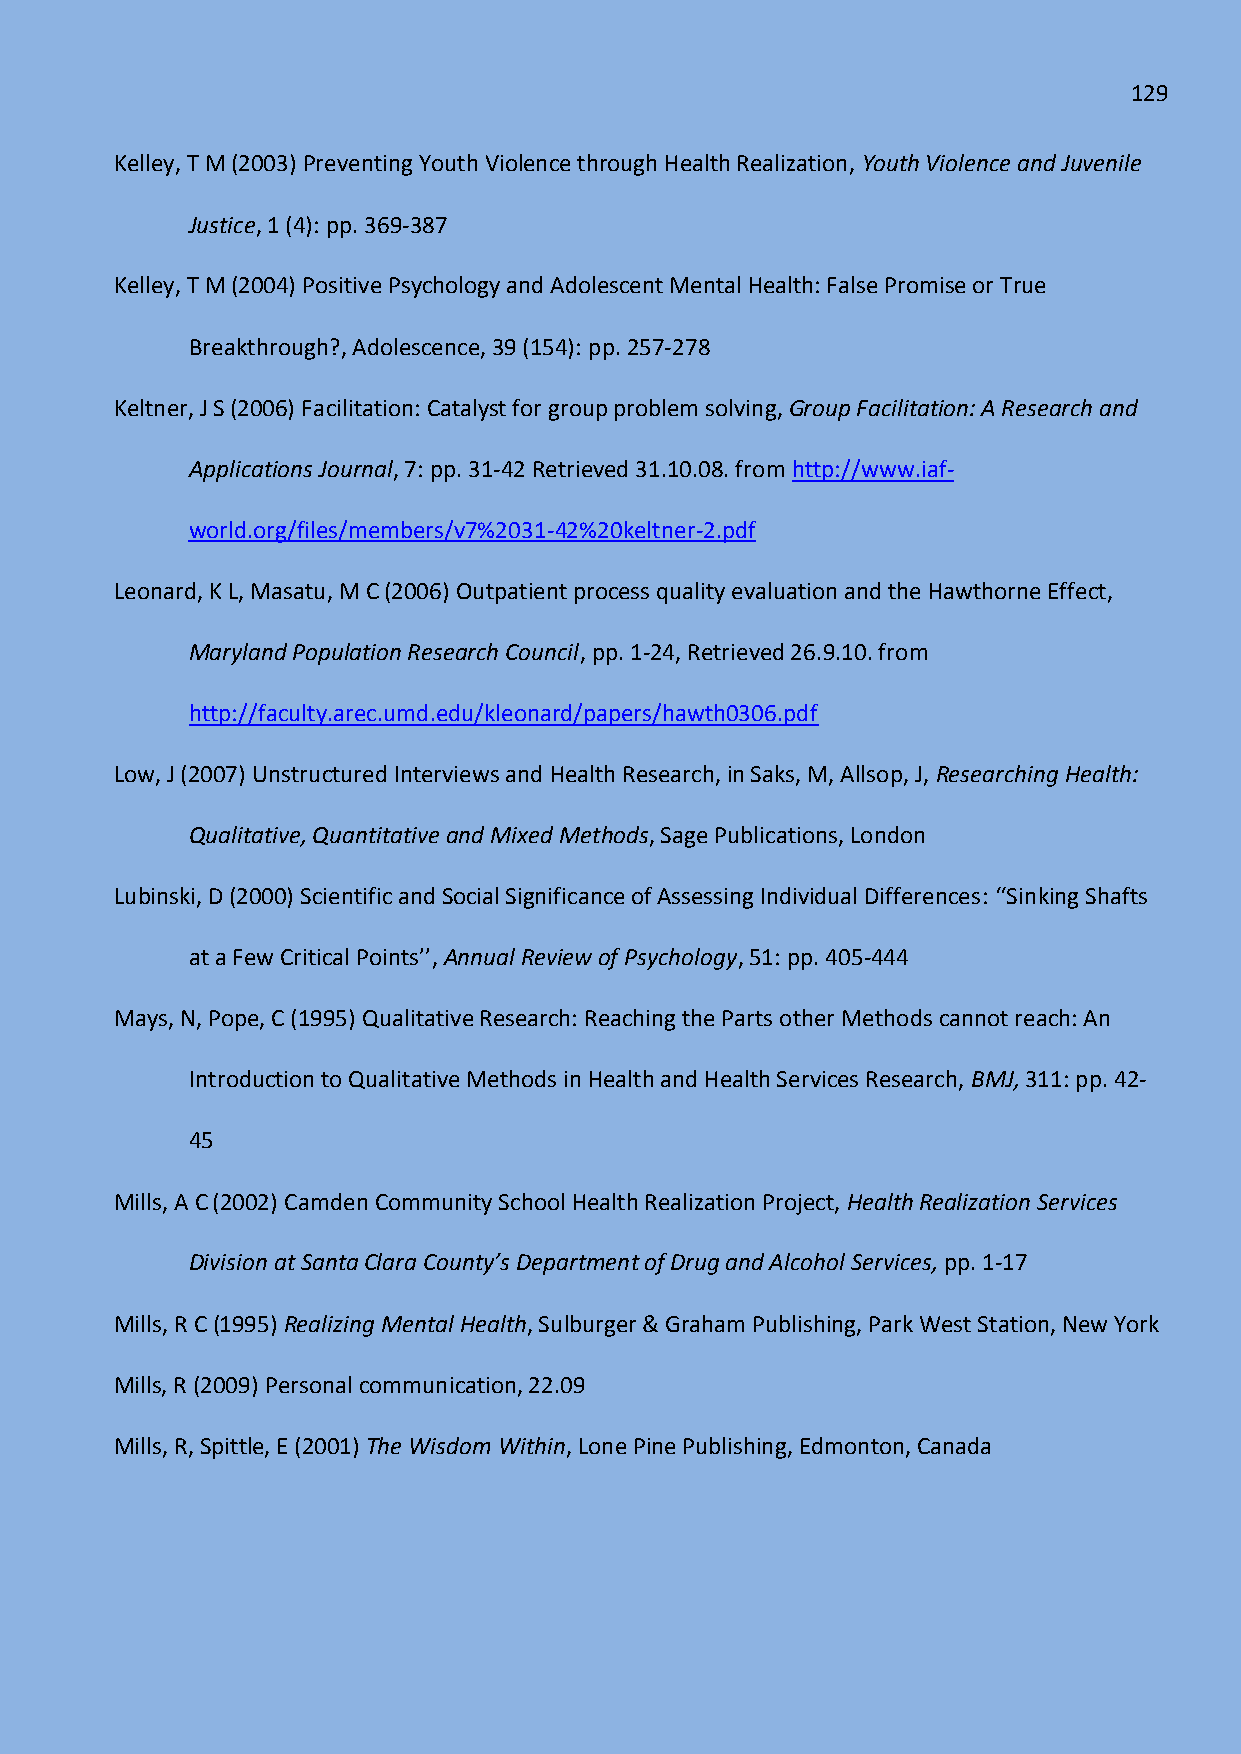
129
 Kelley, T M (2003) Preventing Youth Violence through Health Realization, Youth Violence and Juvenile
 Justice, 1 (4): pp. 369-387
 Kelley, T M (2004) Positive Psychology and Adolescent Mental Health: False Promise or True
 Breakthrough?, Adolescence, 39 (154): pp. 257-278
 Keltner, J S (2006) Facilitation: Catalyst for group problem solving, Group Facilitation: A Research and
 Applications Journal, 7: pp. 31-42 Retrieved 31.10.08. from http://www.iaf-
 world.org/files/members/v7%2031-42%20keltner-2.pdf
 Leonard, K L, Masatu, M C (2006) Outpatient process quality evaluation and the Hawthorne Effect,
 Maryland Population Research Council, pp. 1-24, Retrieved 26.9.10. from
 http://faculty.arec.umd.edu/kleonard/papers/hawth0306.pdf
 Low, J (2007) Unstructured Interviews and Health Research, in Saks, M, Allsop, J, Researching Health:
 Qualitative, Quantitative and Mixed Methods, Sage Publications, London
 Lubinski, D (2000) Scientific and Social Significance of Assessing Individual Differences: ‘‘Sinking Shafts
 at a Few Critical Points’’, Annual Review of Psychology, 51: pp. 405-444
 Mays, N, Pope, C (1995) Qualitative Research: Reaching the Parts other Methods cannot reach: An
 Introduction to Qualitative Methods in Health and Health Services Research, BMJ, 311: pp. 42-
 45
 Mills, A C (2002) Camden Community School Health Realization Project, Health Realization Services
 Division at Santa Clara County’s Department of Drug and Alcohol Services, pp. 1-17
 Mills, R C (1995) Realizing Mental Health, Sulburger & Graham Publishing, Park West Station, New York
 Mills, R (2009) Personal communication, 22.09
 Mills, R, Spittle, E (2001) The Wisdom Within, Lone Pine Publishing, Edmonton, Canada